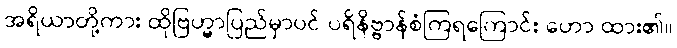
အရိယာတို့ကား ထိုဗြဟ္မာပြည်မှာပင် ပရိနိဗ္ဗာန်စံကြရကြောင်း ဟော ထား၏။